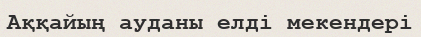
Аққайың ауданы елді мекендері